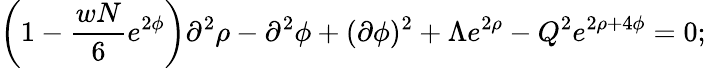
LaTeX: \left(1-\frac{wN}{6}e^{2\phi}\right)\partial^{2}\rho-\partial^{2}\phi+(\partial\phi)^{2}+\Lambda e^{2\rho}-Q^{2}e^{2\rho+4\phi}=0;